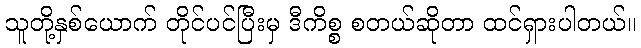
သူတို့နှစ်ယောက် တိုင်ပင်ပြီးမှ ဒီကိစ္စ စတယ်ဆိုတာ ထင်ရှားပါတယ်။